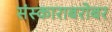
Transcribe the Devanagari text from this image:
संस्काराबरोबर